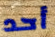
أحد